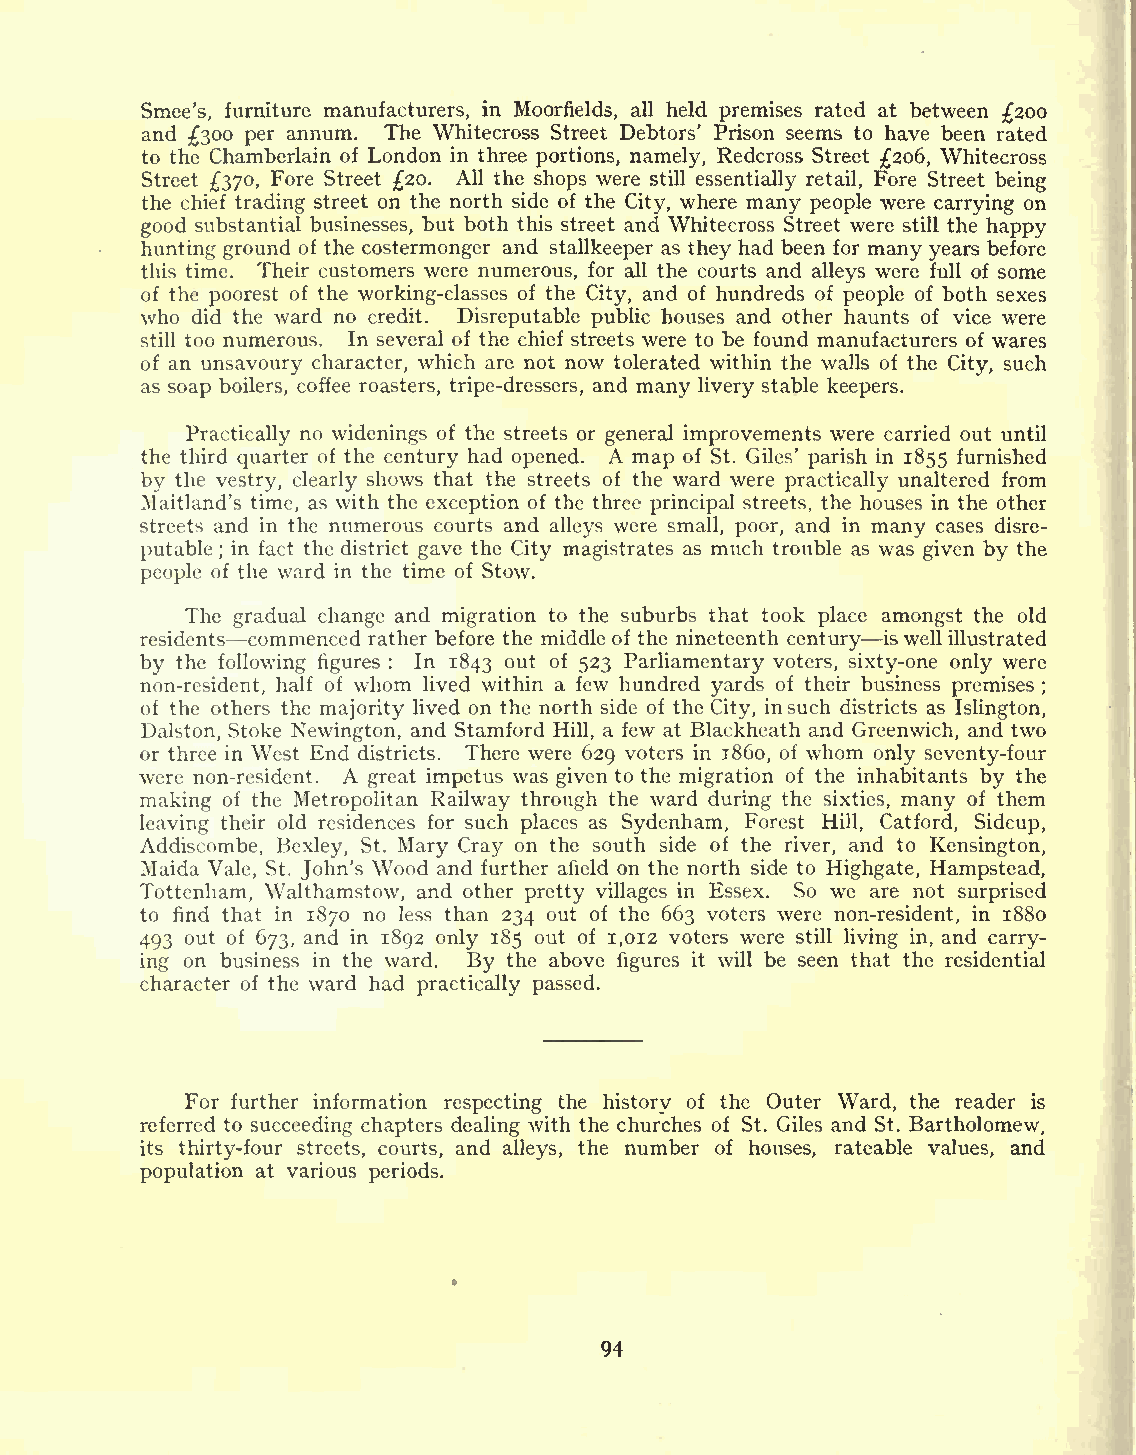
Smee's, furniture manufacturers, in Moorfields, all held premises rated at between 200
 and 300 per annum. The Whitecross Street Debtors' Prison seems to have been rated
 to the Chamberlain of London in three portions, namely, Redcross Street 206, Whitecross
 Street 370, Fore Street 20. All the shops were still essentially retail, Fore Street being
 the chief trading street on the north side of the City, where many people were carrying on
 good substantial businesses, but both this street and Whitecross Street were still the happy
 hunting ground of the costermonger and stallkeeper as they had been for many years before
 this time. Their customers were numerous, for all the courts and alleys were full of some
 of the poorest of the working-classes of the City, and of hundreds of people of both sexes
 who did the ward no credit. Disreputable public houses and other haunts of vice were
 still too numerous. In several of the chief streets were to be found manufacturers of wares
 of an unsavoury character, which are not now tolerated within the walls of the City, such
 as soap boilers, coffee roasters, tripe-dressers, and many livery stable keepers.
 Practically no widenings of the streets or general improvements were carried out until
 the third quarter of the century had opened. A map of St. Giles' parish in 1855 furnished
 by the vestry, clearly shows that the streets of the ward were practically unaltered from
 Maitland's time, as with the exception of the three principal streets, the houses in the other
 streets and in the numerous courts and alleys were small, poor, and in many cases disre-
 putable in fact the district gave the City magistrates as much trouble as was given by the
 ;
 people of the ward in the time of Stow.
 The gradual change and migration to the suburbs that took place amongst the old
 residents commenced rather before the middle of the nineteenth century is well illustrated
 by the following figures : In 1843 out of 523 Parliamentary voters, sixty-one only were
 non-resident, half of whom lived within a few hundred yards of their business premises
 ;
 of the others the majority lived on the north side of the City, insuch districts as Islington,
 Dalston, Stoke Newington, and Stamford Hill, a few at Blackheath and Greenwich, and two
 or three in West End districts. There were 629 voters in 1860, of whom only seventy-four
 were non-resident. A great impetus was given to the migration of the inhabitants by the
 making of the Metropolitan Railway through the ward during the sixties, many of them
 leaving their old residences for such places as Sydenham, Forest Hill, Catford, Sidcup,
 Addiscombe, Bexley, St. Mary Cray on the south side of the river, and to Kensington,
 Maida Vale, St. John's Wood and further afield on the north side to Highgate, Hampstead,
 Tottenham, Walthamstow, and other pretty villages in Essex. So we are not surprised
 to find that in 1870 no less than 234 out of the 663 voters were non-resident, in 1880
 493 out of 673, and in 1892 only 185 out of 1,012 voters were still living in, and carry-
 ing on business in the ward. By the above figures it will be seen that the residential
 character of the ward had practically passed.
 For further information respecting the history of the Outer Ward, the reader is
 referred to succeeding chapters dealing with the churches of St. Giles and St. Bartholomew,
 its thirty-four streets, courts, and alleys, the number of houses, rateable values, and
 population at various periods.
 94